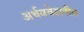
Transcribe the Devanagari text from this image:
अर्थववेदातील